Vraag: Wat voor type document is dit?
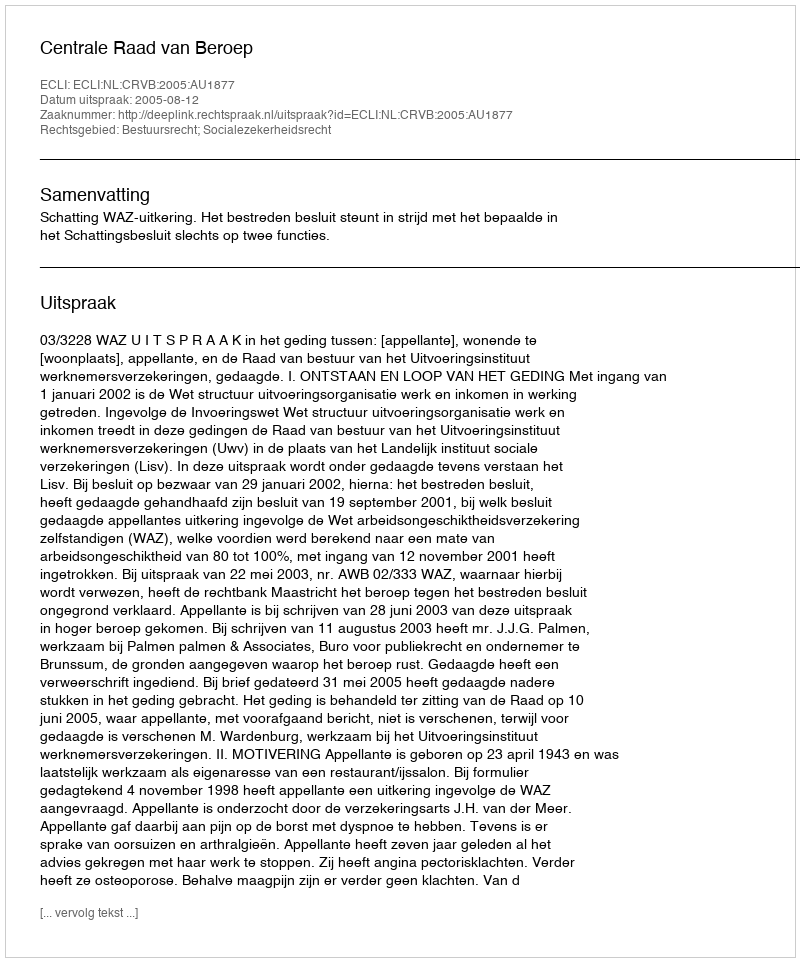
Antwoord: Uitspraak